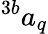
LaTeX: ^{3b}a_{q}